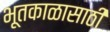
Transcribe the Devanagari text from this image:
भूतकाळासाठी